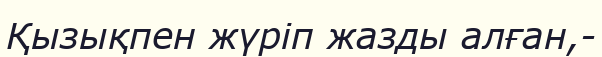
Қызықпен жүріп жазды алған,-